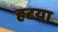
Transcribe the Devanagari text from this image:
हटया